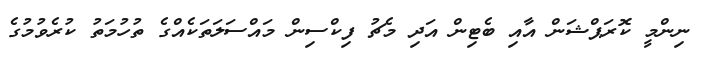
ނިންމީ ކޮރަޕްޝަން އާއި ބެޓިން އަދި މެޗު ފިކްސިން މައްސަލަތަކެއްގެ ތުހުމަތު ކުރެވުމުގެ